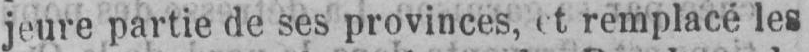
jeure partie de ses provinces, et remplacé les